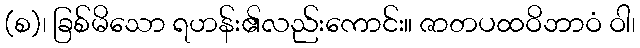
(စ)၊ ခြစ်မိသော ရဟန်း၏လည်းကောင်း။ ဇာတပထဝိဘာဝံ ဝါ၊